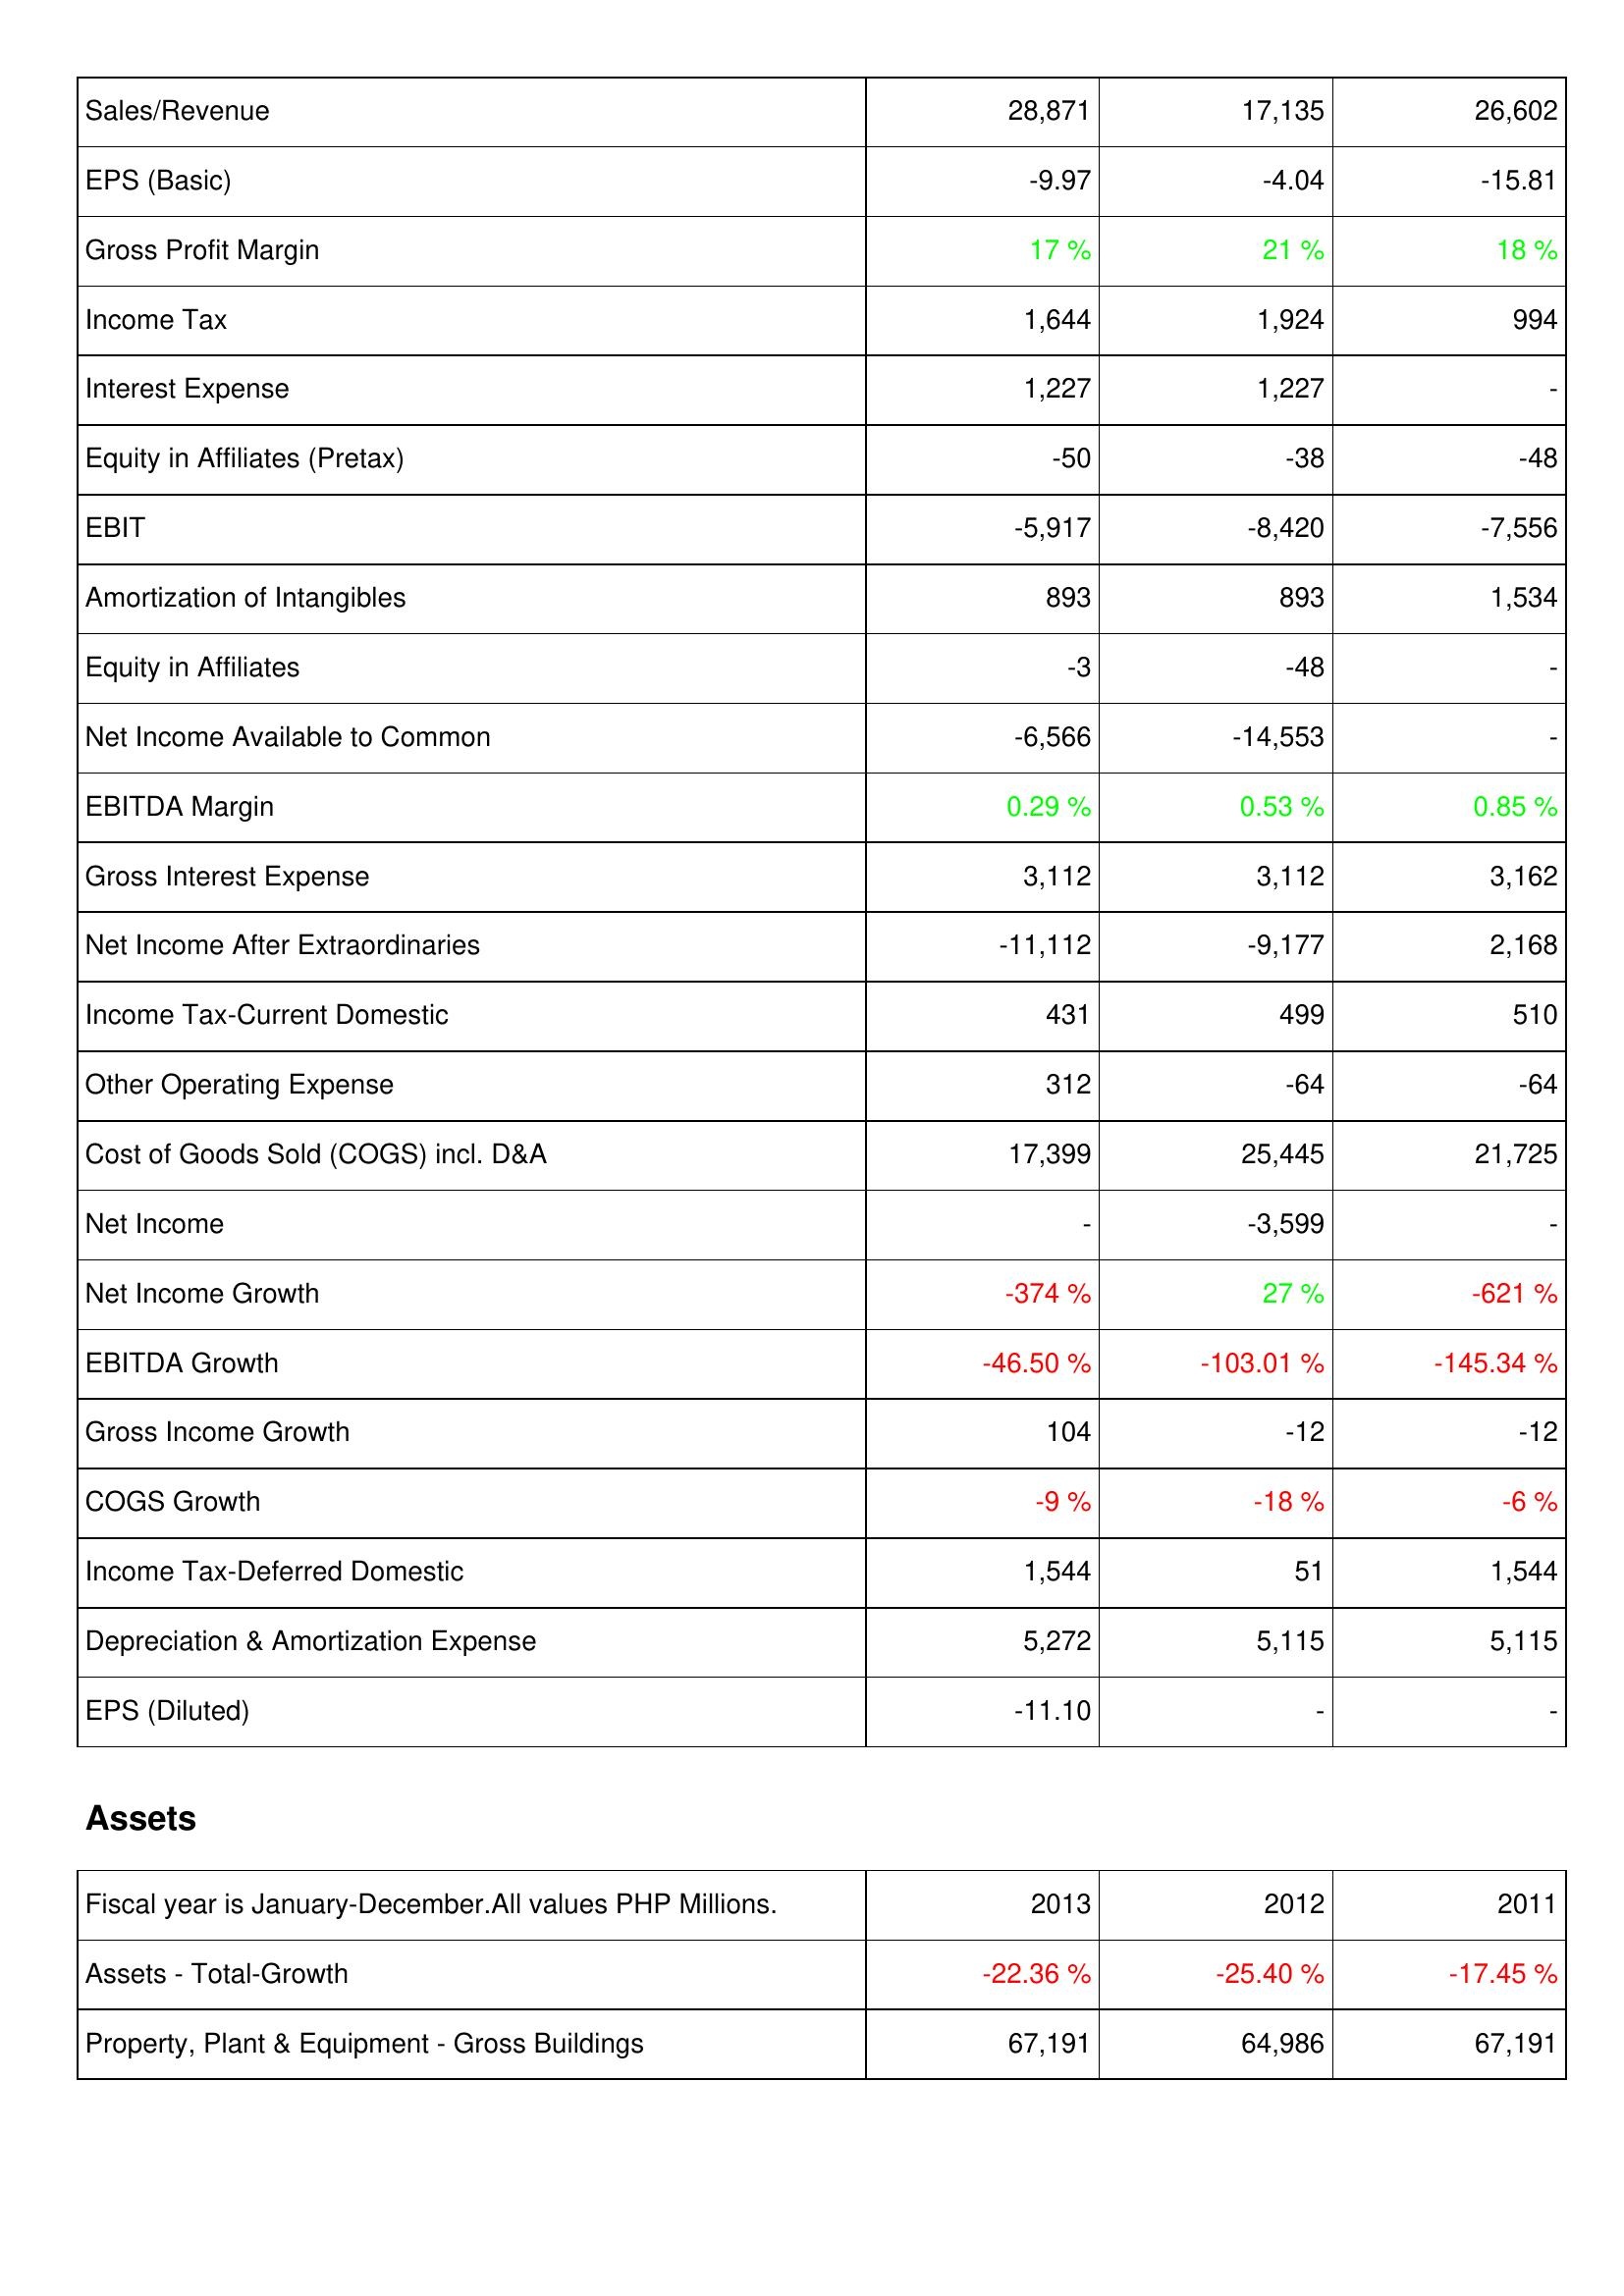
2013: Income Statement: Sales/Revenue: 28,871
EPS (Basic): -9.97
Gross Profit Margin: 17 %
Income Tax: 1,644
Interest Expense: 1,227
Equity in Affiliates (Pretax): -50
EBIT: -5,917
Amortization of Intangibles: 893
Equity in Affiliates: -3
Net Income Available to Common: -6,566
EBITDA Margin: 0.29 %
Gross Interest Expense: 3,112
Net Income After Extraordinaries: -11,112
Income Tax-Current Domestic: 431
Other Operating Expense: 312
Cost of Goods Sold (COGS) incl. D&A: 17,399
Net Income: -
Net Income Growth: -374 %
EBITDA Growth: -46.50 %
Gross Income Growth: 104
COGS Growth: -9 %
Income Tax-Deferred Domestic: 1,544
Depreciation & Amortization Expense: 5,272
EPS (Diluted): -11.10
Assets: Assets - Total-Growth: -22.36 %
Property, Plant & Equipment - Gross Buildings: 67,191
2012: Income Statement: Sales/Revenue: 17,135
EPS (Basic): -4.04
Gross Profit Margin: 21 %
Income Tax: 1,924
Interest Expense: 1,227
Equity in Affiliates (Pretax): -38
EBIT: -8,420
Amortization of Intangibles: 893
Equity in Affiliates: -48
Net Income Available to Common: -14,553
EBITDA Margin: 0.53 %
Gross Interest Expense: 3,112
Net Income After Extraordinaries: -9,177
Income Tax-Current Domestic: 499
Other Operating Expense: -64
Cost of Goods Sold (COGS) incl. D&A: 25,445
Net Income: -3,599
Net Income Growth: 27 %
EBITDA Growth: -103.01 %
Gross Income Growth: -12
COGS Growth: -18 %
Income Tax-Deferred Domestic: 51
Depreciation & Amortization Expense: 5,115
EPS (Diluted): -
Assets: Assets - Total-Growth: -25.40 %
Property, Plant & Equipment - Gross Buildings: 64,986
2011: Income Statement: Sales/Revenue: 26,602
EPS (Basic): -15.81
Gross Profit Margin: 18 %
Income Tax: 994
Interest Expense: -
Equity in Affiliates (Pretax): -48
EBIT: -7,556
Amortization of Intangibles: 1,534
Equity in Affiliates: -
Net Income Available to Common: -
EBITDA Margin: 0.85 %
Gross Interest Expense: 3,162
Net Income After Extraordinaries: 2,168
Income Tax-Current Domestic: 510
Other Operating Expense: -64
Cost of Goods Sold (COGS) incl. D&A: 21,725
Net Income: -
Net Income Growth: -621 %
EBITDA Growth: -145.34 %
Gross Income Growth: -12
COGS Growth: -6 %
Income Tax-Deferred Domestic: 1,544
Depreciation & Amortization Expense: 5,115
EPS (Diluted): -
Assets: Assets - Total-Growth: -17.45 %
Property, Plant & Equipment - Gross Buildings: 67,191